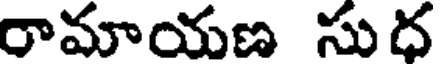
రామాయణ సుద